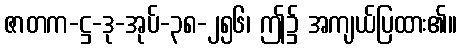
ဇာတက-ဋ္ဌ-ဒု-အုပ်-၃၈-၂၅၆၊ ဤ၌ အကျယ်ပြထား၏။